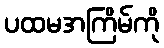
ပထမအကြိမ်ကို